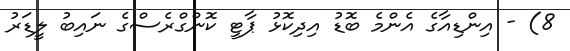
8) - އިންޑިއާގެ އެންމެ ބޮޑު އިދިކޮޅު ޕާޓީ ކޮންގްރެސްގެ ނައިބު ލީޑަރު